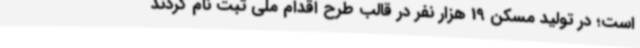
است؛ در تولید مسکن 19 هزار نفر در قالب طرح اقدام ملی ثبت نام کردند